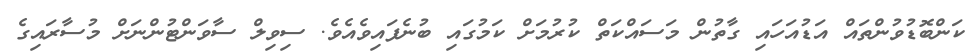
ކަންބޮޑުވުންތައް އަޑުއަހައި ގާތުން މަސައްކަތް ކުރުމަށް ކަމުގައި ބުނެފައިވެއެވެ. ސިވިލް ސާވަންޓުންނަށް މުސާރައިގެ